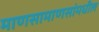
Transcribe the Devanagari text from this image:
माणसामाणसांमधील